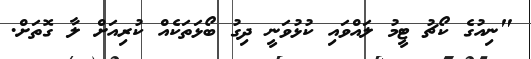
"ނިއުގެ ކޯޗު ޓީމު ލައްވައި ކުޅުވަނީ ދިގު ބޯޅަތަކެއް ކުރިއަށް ލާ ގޮތަށް.